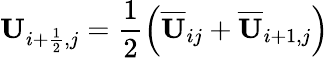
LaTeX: \mathbf{U}_{i+\frac{1}{2},j}=\frac{1}{2}\left(\overline{{\mathbf{U}}}_{ij}+\overline{{\mathbf{U}}}_{i+1,j}\right)